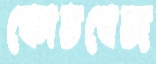
কোডবেজ